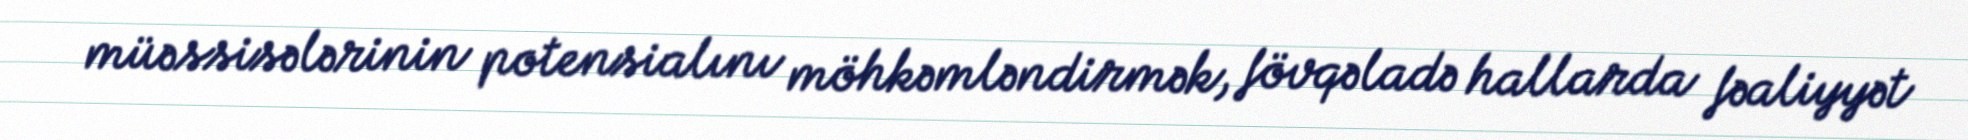
müəssisələrinin potensialını möhkəmləndirmək, fövqəladə hallarda fəaliyyət